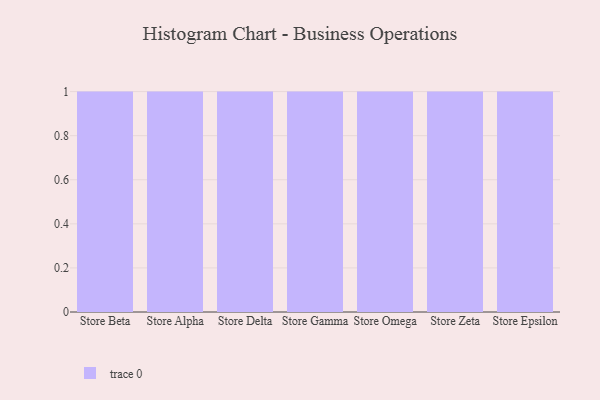
{"axis": {"x": "Store", "y": "Production Output"}, "legend": [""], "data": [{"x": "Store Beta", "y": 38, "type": ""}, {"x": "Store Alpha", "y": 92, "type": ""}, {"x": "Store Delta", "y": 68, "type": ""}, {"x": "Store Gamma", "y": 94, "type": ""}, {"x": "Store Omega", "y": 54, "type": ""}, {"x": "Store Zeta", "y": 23, "type": ""}, {"x": "Store Epsilon", "y": 23, "type": ""}]}